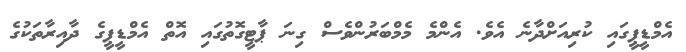
އެމްޑީޕީގައި ކުރިއަށްދާނެ އެވެ. އެންމެ މެމްބަރުންވެސް ގިނަ ޕާޓީގޮތުގައި އޮތް އެމްޑީޕީގެ ދާއިރާތަކުގެ